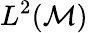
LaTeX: L^{2}(\mathcal{M})